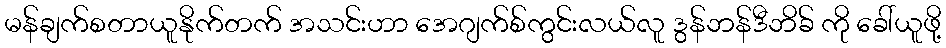
မန်ချက်စတာယူနိုက်တက် အသင်းဟာ အေဂျက်စ်ကွင်းလယ်လူ ဒွန်ဘန်ဒီဘိခ် ကို ခေါ်ယူဖို့